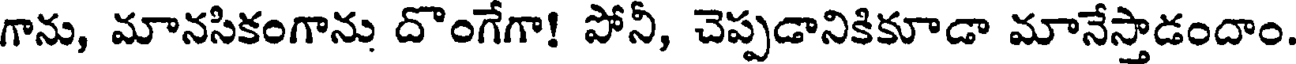
గాను, మానసికంగాను దొంగేగా! పోనీ, చెప్పడానికికూడా మానేస్తాడందాం